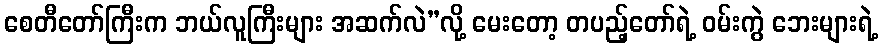
စေတီတော်ကြီးက ဘယ်လူကြီးများ အဆက်လဲ”လို့ မေးတော့ တပည့်တော်ရဲ့ ဝမ်းကွဲ ဘေးများရဲ့